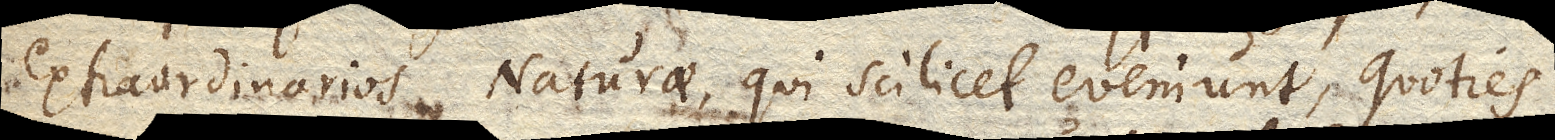
extraordinarios Naturae, qui scilicet eveniunt, quoties